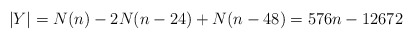
\begin{align*} |Y| = N(n) - 2 N(n-24) + N(n-48) = 576n - 12672\end{align*}